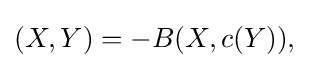
\displaystyle {(X,Y)=-B(X,c(Y)),}